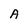
Character: A